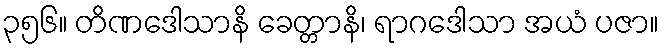
၃၅၆။ တိဏဒေါသာနိ ခေတ္တာနိ၊ ရာဂဒေါသာ အယံ ပဇာ။